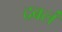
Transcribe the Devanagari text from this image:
दबलं